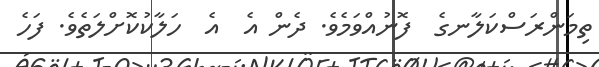
ތިމަންރަސްކަލާނގެ  ފޮނުއްވަމެވެ. ދެން އެ  އެ  ހަލާކުކޮށްލަތެވެ. ފަހެ